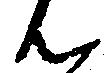
ん